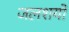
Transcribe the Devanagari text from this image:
जलशयों